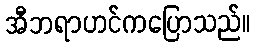
အီဘရာဟင်ကပြောသည်။